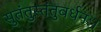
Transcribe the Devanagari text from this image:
सुतंतुस्तंतुवर्धनः।